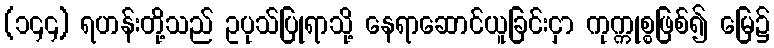
(၁၄၄) ရဟန်းတို့သည် ဥပုသ်ပြုရာသို့ နေရာဆောင်ယူခြင်းငှာ ကုက္ကုစ္စဖြစ်၍ မြေ၌